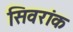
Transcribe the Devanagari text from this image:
सिवरांक